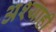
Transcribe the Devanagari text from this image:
अश्याही